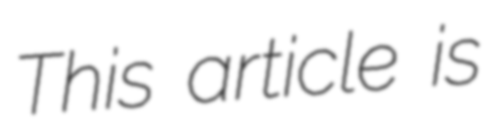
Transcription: This article is